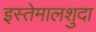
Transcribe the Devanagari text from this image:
इस्तेमालशुदा